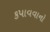
કપાવવાનો